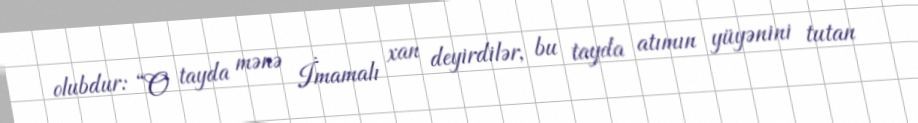
olubdur: “O tayda mənə İmamalı xan deyirdilər, bu tayda atımın yüyənini tutan